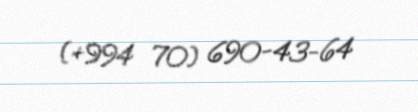
(+994 70) 690-43-64